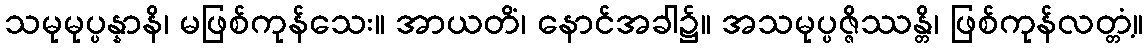
သမုမုပ္ပန္နာနိ၊ မဖြစ်ကုန်သေး။ အာယတိံ၊ နောင်အခါ၌။ အသမုပ္ပဇ္ဇိဿန္တိ၊ ဖြစ်ကုန်လတ္တံ့။